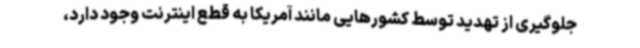
جلوگیری از تهدید توسط کشورهایی مانند آمریکا به قطع اینترنت وجود دارد،